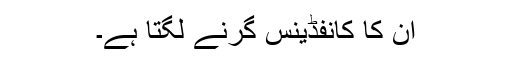
ان کا کانفڈینس گرنے لگتا ہے۔